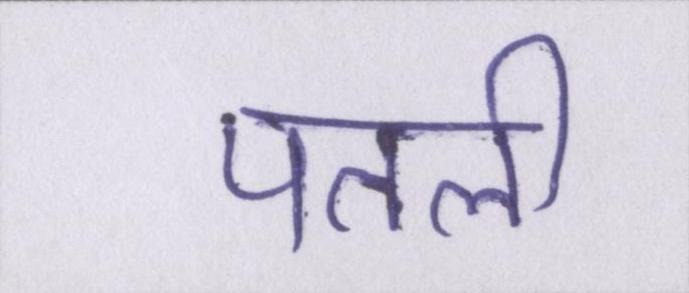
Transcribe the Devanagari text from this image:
पतली